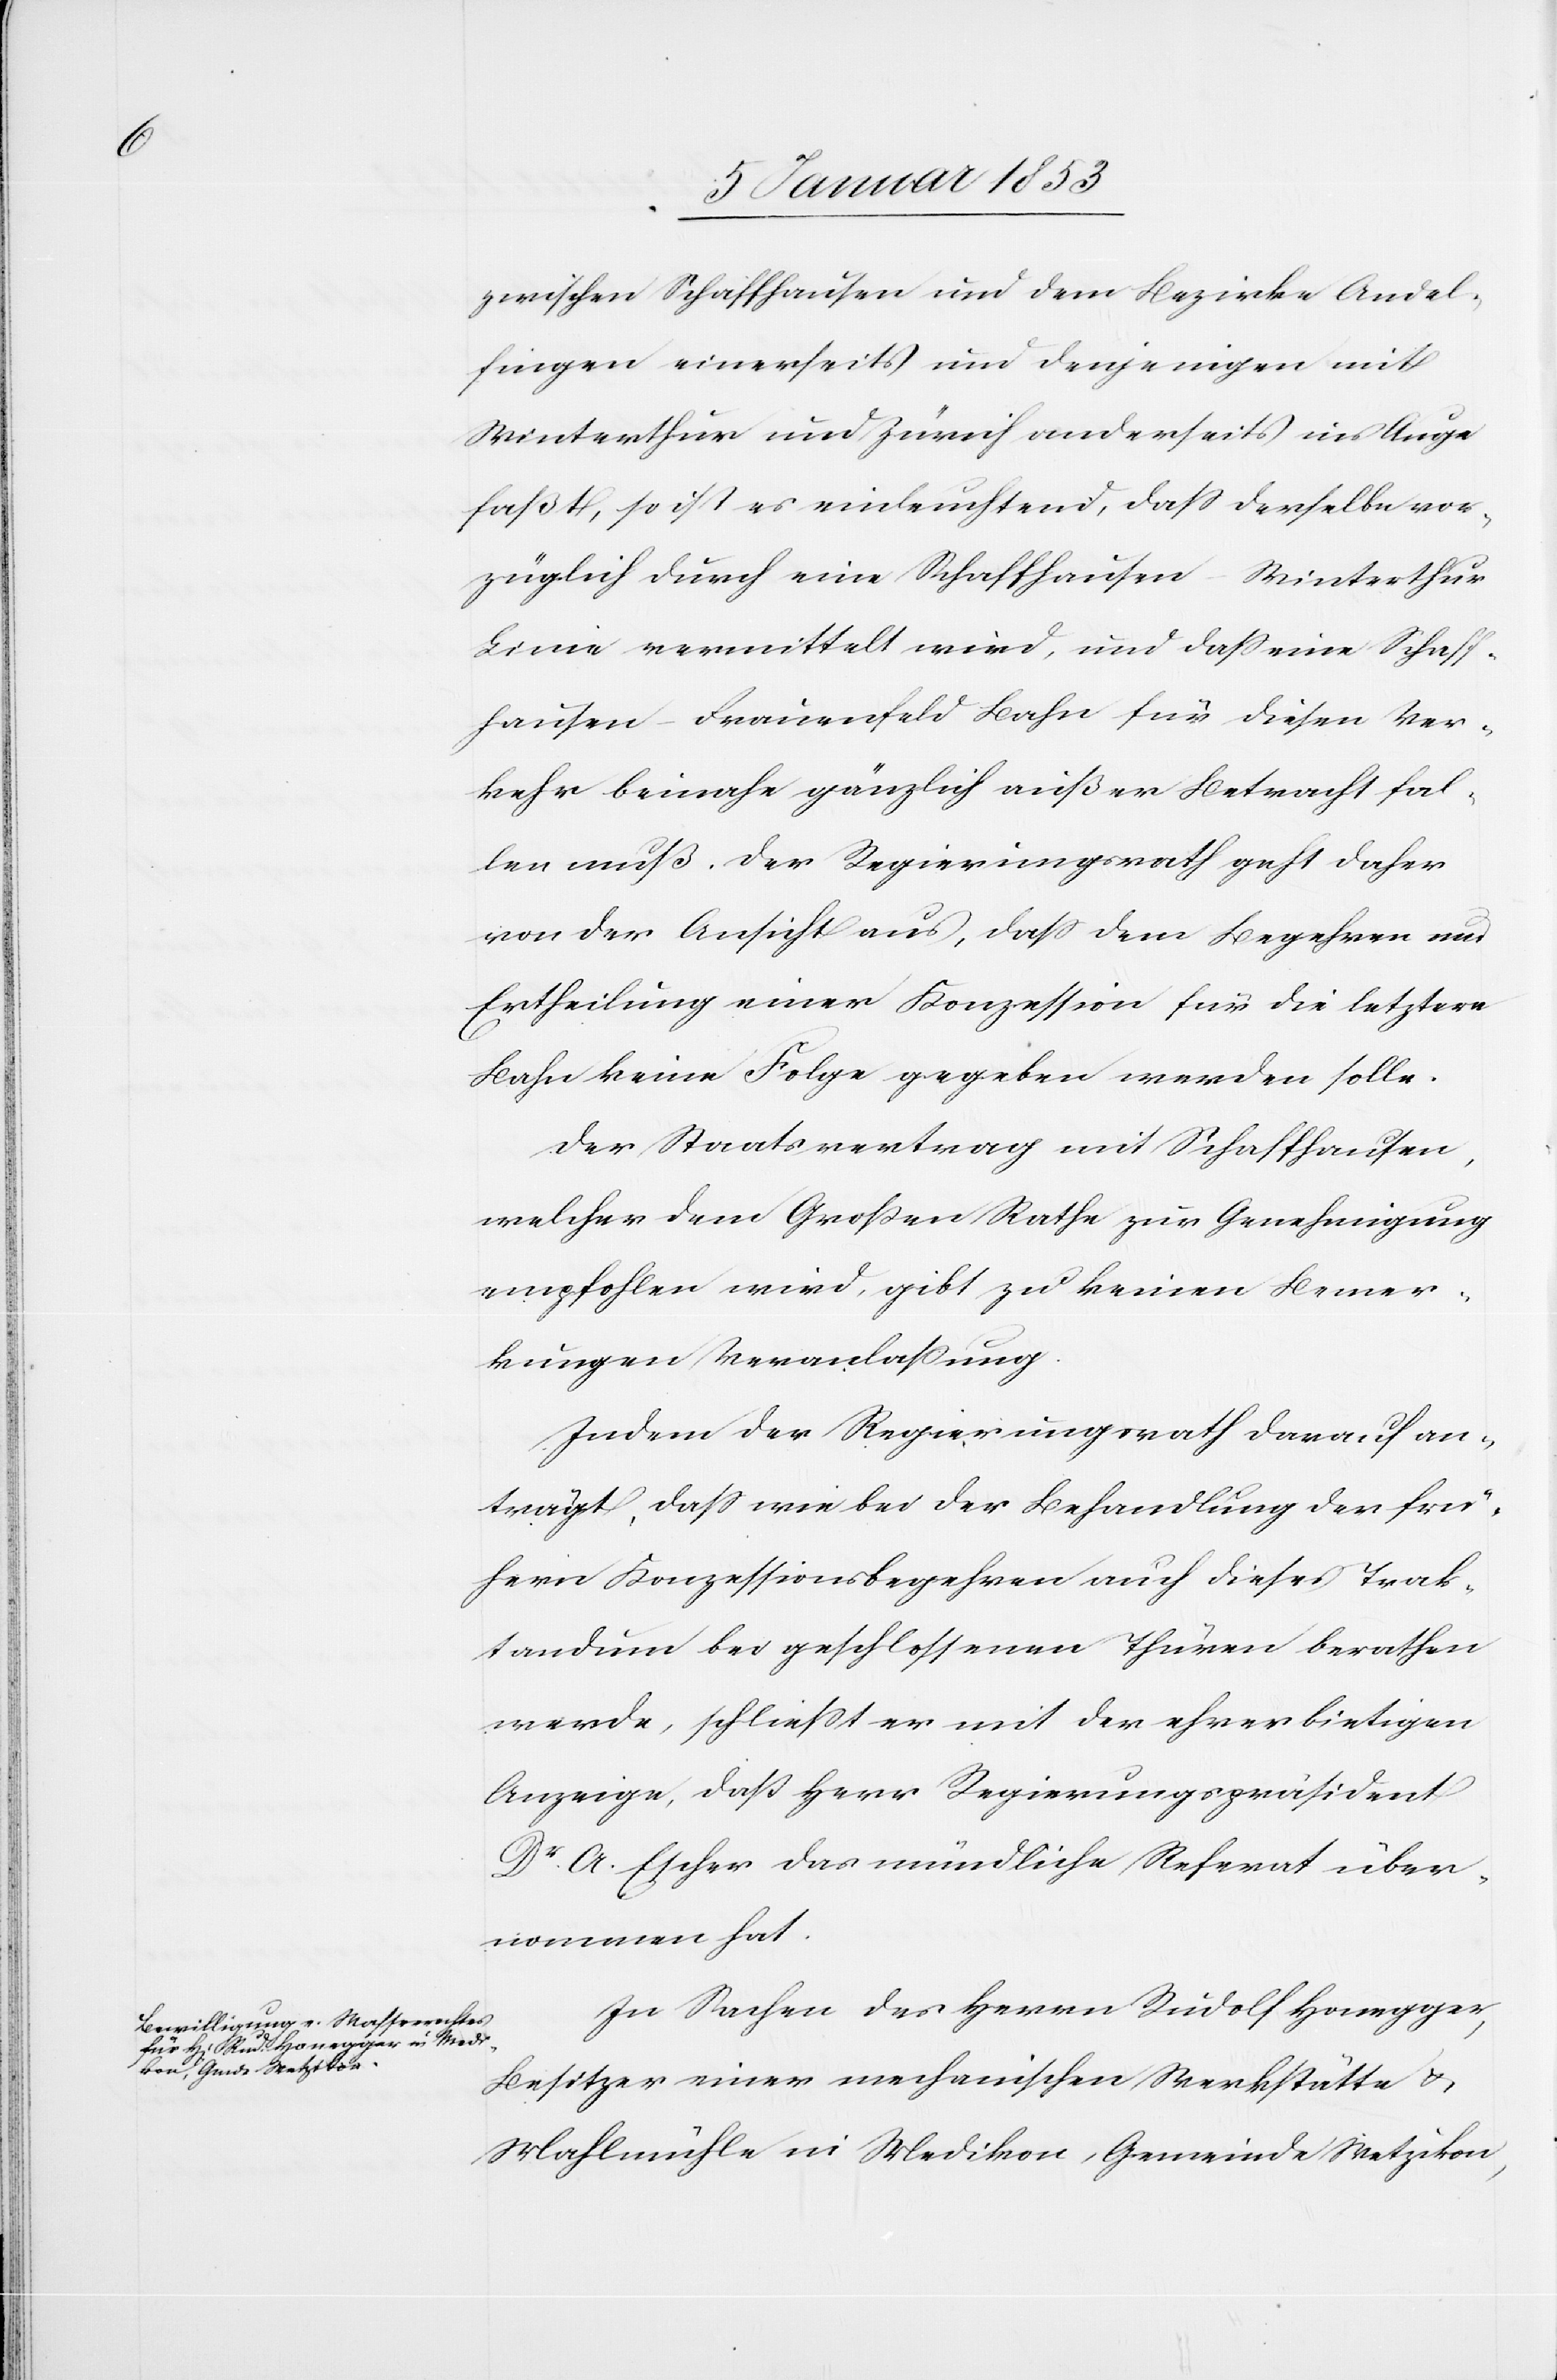
zwischen Schaffhausen und dem Bezirke Andel¬
fingen einerseits und denjenigen mit
Winterthur und Zürich anderseits ins Auge
faßt, so ist es einleuchtend, daß derselbe vor¬
züglich durch eine Schaffhausen-Winterthur
Linie vermittelt wird, und daß eine Schaff¬
hausen-Frauenfeld Bahn für diesen Ver¬
kehr beinahe gänzlich außer Betracht fal¬
len muß. Der Regierungsrath geht daher
von der Ansicht aus, daß dem Begehren um
Ertheilung einer Konzession für die letztere
Bahn keine Folge gegeben werden solle.
Der Staatsvertrag mit Schaffhausen,
welchen dem Großen Rathe zur Genehmigung
empfohlen wird, gibt zu keinen Bemer¬
kungen Veranlaßung.
Indem der Regierungsrath darauf an¬
trägt, daß wie bei der Behandlung der frü¬
hern Konzessionsbegehren auch dieses Trak¬
tandum bei geschlossenen Thüren berathen
werde, schliesst er mit der ehrerbietigen
Anzeige, daß Herr Regierungspräsident
Dr. A. Escher das mündliche Referat über¬
nommen hat.
In Sachen des Herrn Rudolf Honegger,
Besitzer einer mechanischen Werkstätte u.
Mahlmühle in Medikon, Gemeinde Wetzikon,